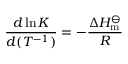
{ \frac { d \ln K } { d ( T ^ { - 1 } ) } } = - { \frac { \Delta H _ { \mathrm { m } } ^ { \ominus } } { R } }